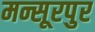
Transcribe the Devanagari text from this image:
मन्सूरपुर